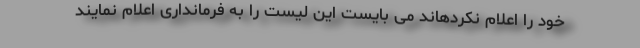
خود را اعلام نکردهاند می بایست این لیست را به فرمانداری اعلام نمایند